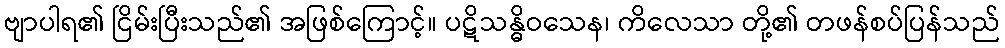
ဗျာပါရ၏ ငြိမ်းပြီးသည်၏ အဖြစ်ကြောင့်။ ပဋိသန္ဓိဝသေန၊ ကိလေသာ တို့၏ တဖန်စပ်ပြန်သည်